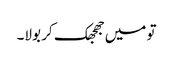
تو میں جھجھک کر بولا۔